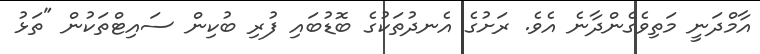
އާމްދަނީ މަތިވެގެންދާނެ އެވެ. ރަށުގެ އެނދުތަކުގެ ބޮޑުބައި ފުރި ބުކިން ސައިޓްތަކުން "ތަޅު